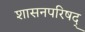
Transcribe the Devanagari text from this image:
शासनपरिषद्